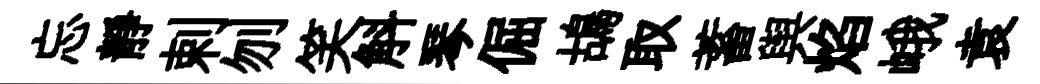
忘靜剌刎笑斛琴倔鴣取蓄舆焰峨袁